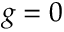
g = 0